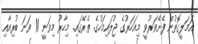
އަމަލީގޮތުން ފެށޭވަރުވީ މިއަހަރުގެ ޖުލައިމަހުގެ ތެރޭގައި. މިހާރު މިވަނީ 11 ވަނަ ބުރިއާއި